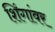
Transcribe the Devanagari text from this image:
शिंगांवर